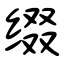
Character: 缀